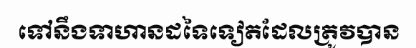
ទៅនឹងទាហានដទៃទៀតដែលត្រូវបាន